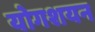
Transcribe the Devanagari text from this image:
योगशयन